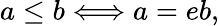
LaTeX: a\leq b\Longleftrightarrow a=eb,